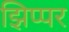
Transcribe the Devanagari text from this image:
झिप्पर